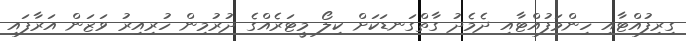
ގިރިފުއްޓާއި ހިންމަފުއްޓާއި ދެމެދު ގާތްގަނޑަކަށް ކިލޯ މީޓަރެއްގެ ދުރުމިން ހުރިއިރު ވަޒަން އަރާފައި